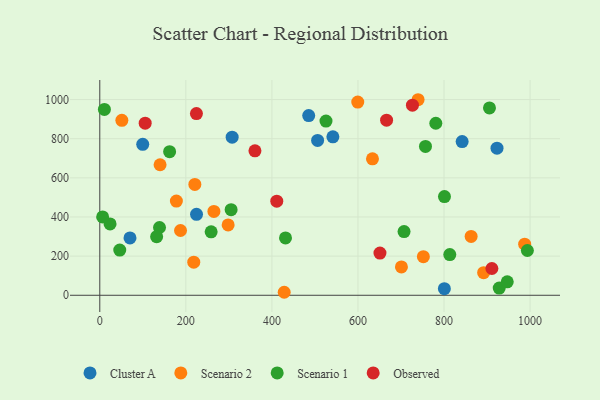
{"axis": {"x": "Ad Spend", "y": "Exam Score"}, "legend": ["Cluster A", "Observed", "Scenario 1", "Scenario 2"], "data": [{"x": "307.6", "y": 808.0, "type": "Cluster A"}, {"x": "923.1", "y": 751.7, "type": "Cluster A"}, {"x": "99.8", "y": 771.3, "type": "Cluster A"}, {"x": "485.5", "y": 918.3, "type": "Cluster A"}, {"x": "70.2", "y": 292.8, "type": "Cluster A"}, {"x": "842.1", "y": 785.2, "type": "Cluster A"}, {"x": "800.8", "y": 33.7, "type": "Cluster A"}, {"x": "506.2", "y": 791.3, "type": "Cluster A"}, {"x": "224.8", "y": 413.7, "type": "Cluster A"}, {"x": "541.7", "y": 809.3, "type": "Cluster A"}, {"x": "892.0", "y": 115.2, "type": "Scenario 2"}, {"x": "51.3", "y": 893.6, "type": "Scenario 2"}, {"x": "428.6", "y": 15.3, "type": "Scenario 2"}, {"x": "265.2", "y": 428.3, "type": "Scenario 2"}, {"x": "218.4", "y": 169.1, "type": "Scenario 2"}, {"x": "599.5", "y": 987.3, "type": "Scenario 2"}, {"x": "220.9", "y": 566.1, "type": "Scenario 2"}, {"x": "752.0", "y": 197.0, "type": "Scenario 2"}, {"x": "140.1", "y": 666.8, "type": "Scenario 2"}, {"x": "633.7", "y": 697.0, "type": "Scenario 2"}, {"x": "987.4", "y": 261.3, "type": "Scenario 2"}, {"x": "178.0", "y": 481.4, "type": "Scenario 2"}, {"x": "863.0", "y": 300.5, "type": "Scenario 2"}, {"x": "187.6", "y": 330.9, "type": "Scenario 2"}, {"x": "701.0", "y": 144.9, "type": "Scenario 2"}, {"x": "739.7", "y": 999.1, "type": "Scenario 2"}, {"x": "298.3", "y": 359.5, "type": "Scenario 2"}, {"x": "431.6", "y": 293.2, "type": "Scenario 1"}, {"x": "138.8", "y": 346.3, "type": "Scenario 1"}, {"x": "525.7", "y": 890.0, "type": "Scenario 1"}, {"x": "928.3", "y": 36.9, "type": "Scenario 1"}, {"x": "10.7", "y": 949.3, "type": "Scenario 1"}, {"x": "946.9", "y": 68.6, "type": "Scenario 1"}, {"x": "305.2", "y": 437.3, "type": "Scenario 1"}, {"x": "993.7", "y": 228.7, "type": "Scenario 1"}, {"x": "23.9", "y": 364.6, "type": "Scenario 1"}, {"x": "905.6", "y": 957.2, "type": "Scenario 1"}, {"x": "258.8", "y": 324.4, "type": "Scenario 1"}, {"x": "46.4", "y": 230.9, "type": "Scenario 1"}, {"x": "162.3", "y": 733.7, "type": "Scenario 1"}, {"x": "756.9", "y": 760.6, "type": "Scenario 1"}, {"x": "801.0", "y": 504.4, "type": "Scenario 1"}, {"x": "780.9", "y": 878.9, "type": "Scenario 1"}, {"x": "813.4", "y": 207.9, "type": "Scenario 1"}, {"x": "707.1", "y": 325.3, "type": "Scenario 1"}, {"x": "6.6", "y": 400.4, "type": "Scenario 1"}, {"x": "132.1", "y": 299.3, "type": "Scenario 1"}, {"x": "651.1", "y": 215.8, "type": "Observed"}, {"x": "411.3", "y": 480.6, "type": "Observed"}, {"x": "726.6", "y": 971.1, "type": "Observed"}, {"x": "224.6", "y": 928.5, "type": "Observed"}, {"x": "360.6", "y": 737.8, "type": "Observed"}, {"x": "105.5", "y": 879.5, "type": "Observed"}, {"x": "911.2", "y": 136.7, "type": "Observed"}, {"x": "666.5", "y": 894.8, "type": "Observed"}]}